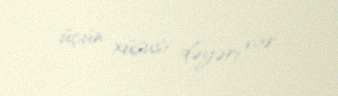
üçün xüsusi dəyəri var.